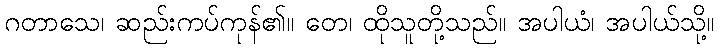
ဂတာသေ၊ ဆည်းကပ်ကုန်၏။ တေ၊ ထိုသူတို့သည်။ အပါယံ၊ အပါယ်သို့။